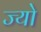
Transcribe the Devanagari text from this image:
ज्‍यो